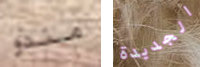
منذو الجديدة